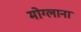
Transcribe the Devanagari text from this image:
मोग्लाना